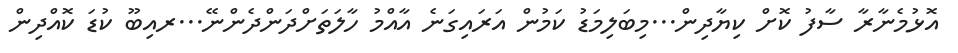
އޮޅުމެނާރާ ސާފު ކޮށް ކިޔާދިން...މިބަލިމަޑު ކަމުން އަރައިގަނެ އާއްމު ހާލަތަށްދަންދެންނޭ...ރއިބޫ ކުޑަ ކޮއްދިން